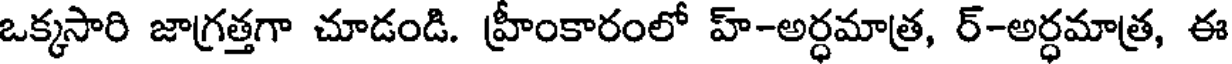
ఒక్కసారి జాగ్రత్తగా చూడండి. హ్రీంకారంలో హ్-అర్ధమాత్ర, ర్-అర్ధమాత్ర, ఈ